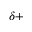
^ { \delta + }